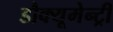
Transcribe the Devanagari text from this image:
डौक्यूमेन्ट्री